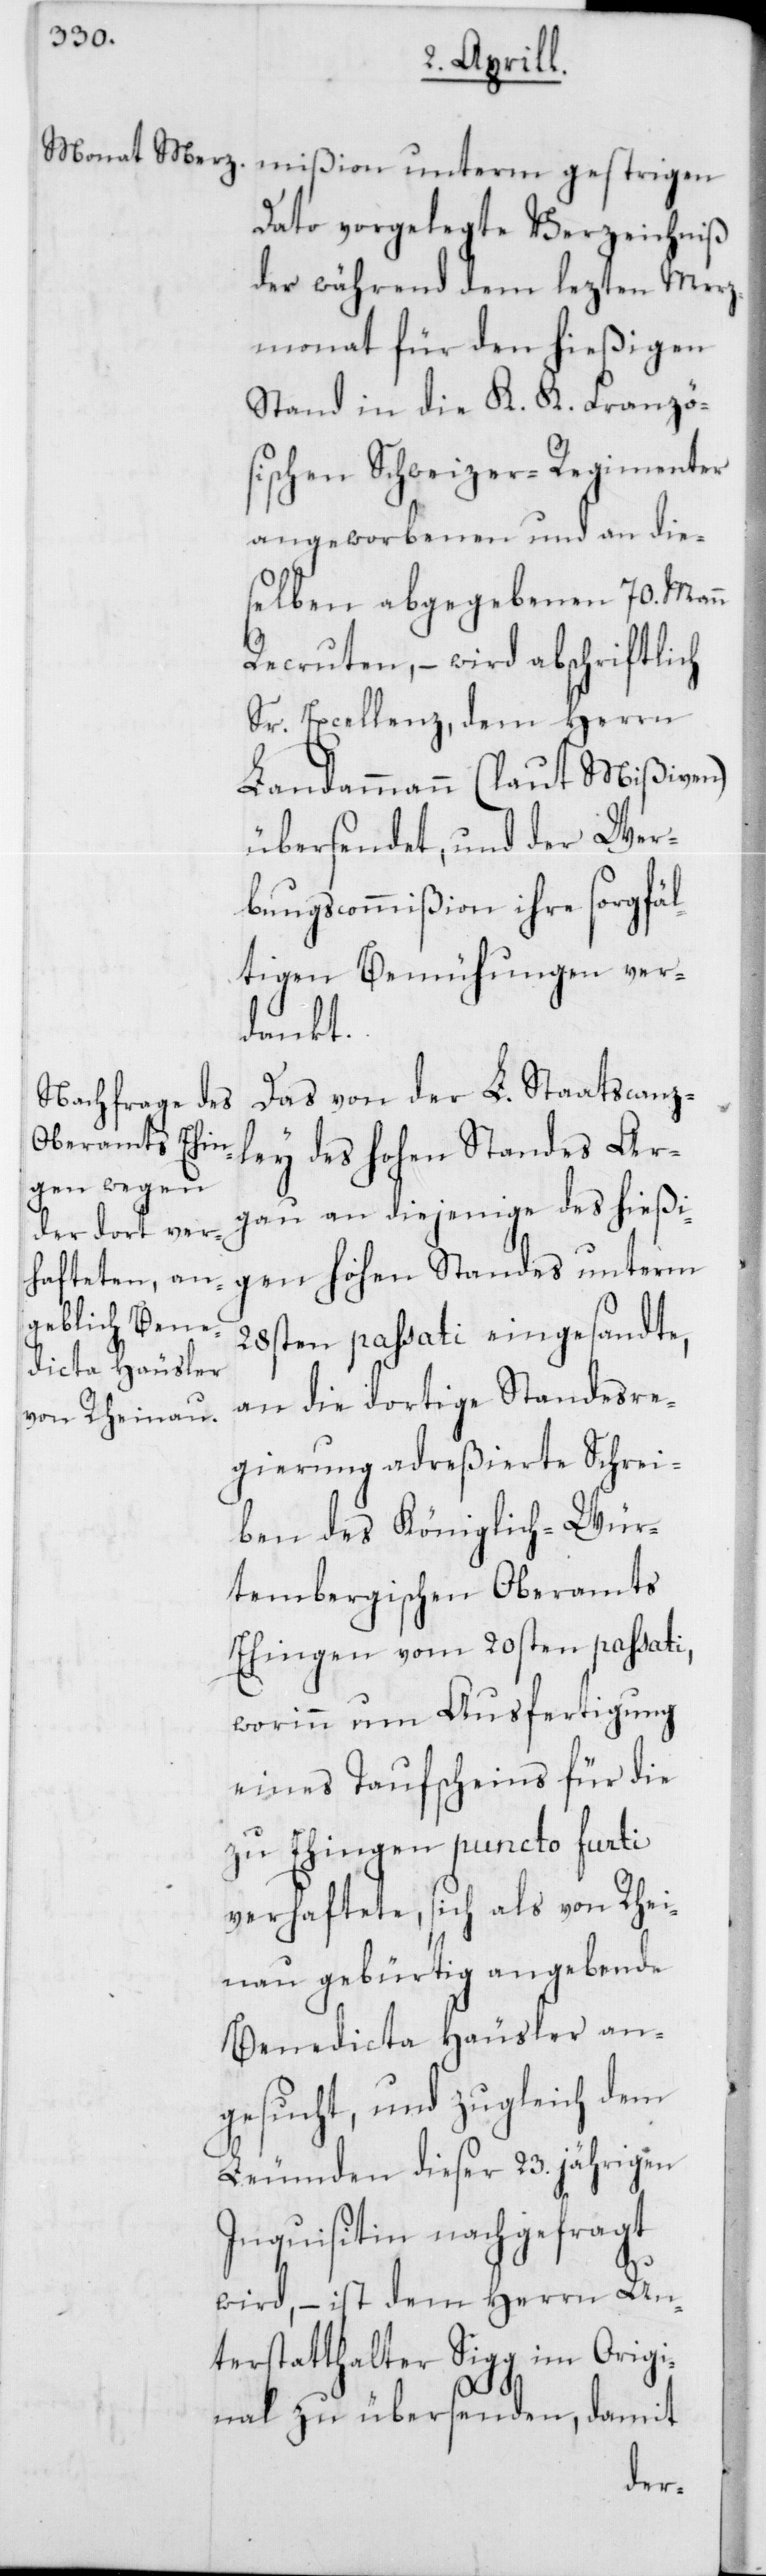
Dato vorgelegte Verzeichniß
der während dem lezten Merz¬
monat für den hießigen
Stand in die K. K. Franzö¬
sischen Schweizer-Regimenter
angeworbenen und an die¬
selben abgegebenen 70. Mann
Recruten, – wird abschriftlich
Sr. Excellenz, dem Herrn
Landammann (laut Mißiven)
übersendet, und der Wer¬
bungscommißion ihre sorgfäl¬
tigen Bemühungen ver¬
dankt.
Das von der L. Staatscanz¬
ley des hohen Standes Ar¬
gau an diejenige des hießi¬
gen hohen Standes unterm
28sten passati eingesandte,
an die dortige Standesre¬
gierung adreßierte Schrei¬
ben des Königlich-Wür¬
tembergischen Oberamts
Ehingen vom 20sten passati,
worinn um Ausfertigung
eines Taufscheins für die
zu Ehingen puncto furti
verhaftete, sich als von Rhei¬
nau gebürtig angebende
Benedicta Häusler an¬
gesucht, und zugleich dem
Leumden dieser 23.jährigen
Inquisitin nachgefragt
wird, – ist dem Herrn Un¬
terstatthalter Sigg im Origi¬
nal zu übersenden, damit